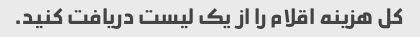
کل هزینه اقلام را از یک لیست دریافت کنید.